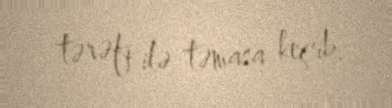
tərəfi ilə təmasa keçib.